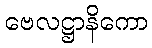
ဗေလဋ္ဌာနိကော